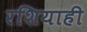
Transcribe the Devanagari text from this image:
रशियाही